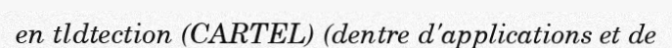
en tldtection (CARTEL) (dentre d'applications et de